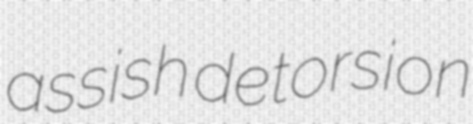
assish detorsion